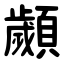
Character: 顪